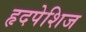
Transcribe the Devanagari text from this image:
हृदपेशिज